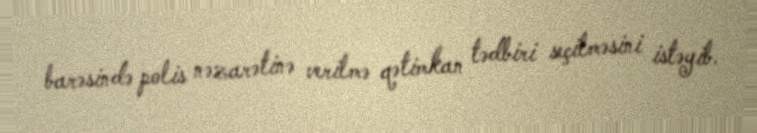
barəsində polis nəzarətinə verilmə qətimkan tədbiri seçilməsini istəyib.